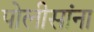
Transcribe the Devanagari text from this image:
पोलीसांना